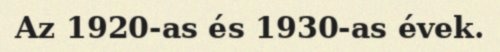
Az 1920-as és 1930-as évek.